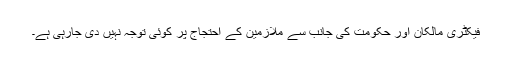
فیکٹری مالکان اور حکومت کی جانب سے ملازمین کے احتجاج پر کوئی توجہ نہیں دی جارہی ہے۔